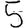
Digit: 5